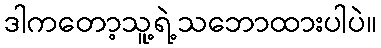
ဒါကတော့သူ့ရဲ့သဘောထားပါပဲ။